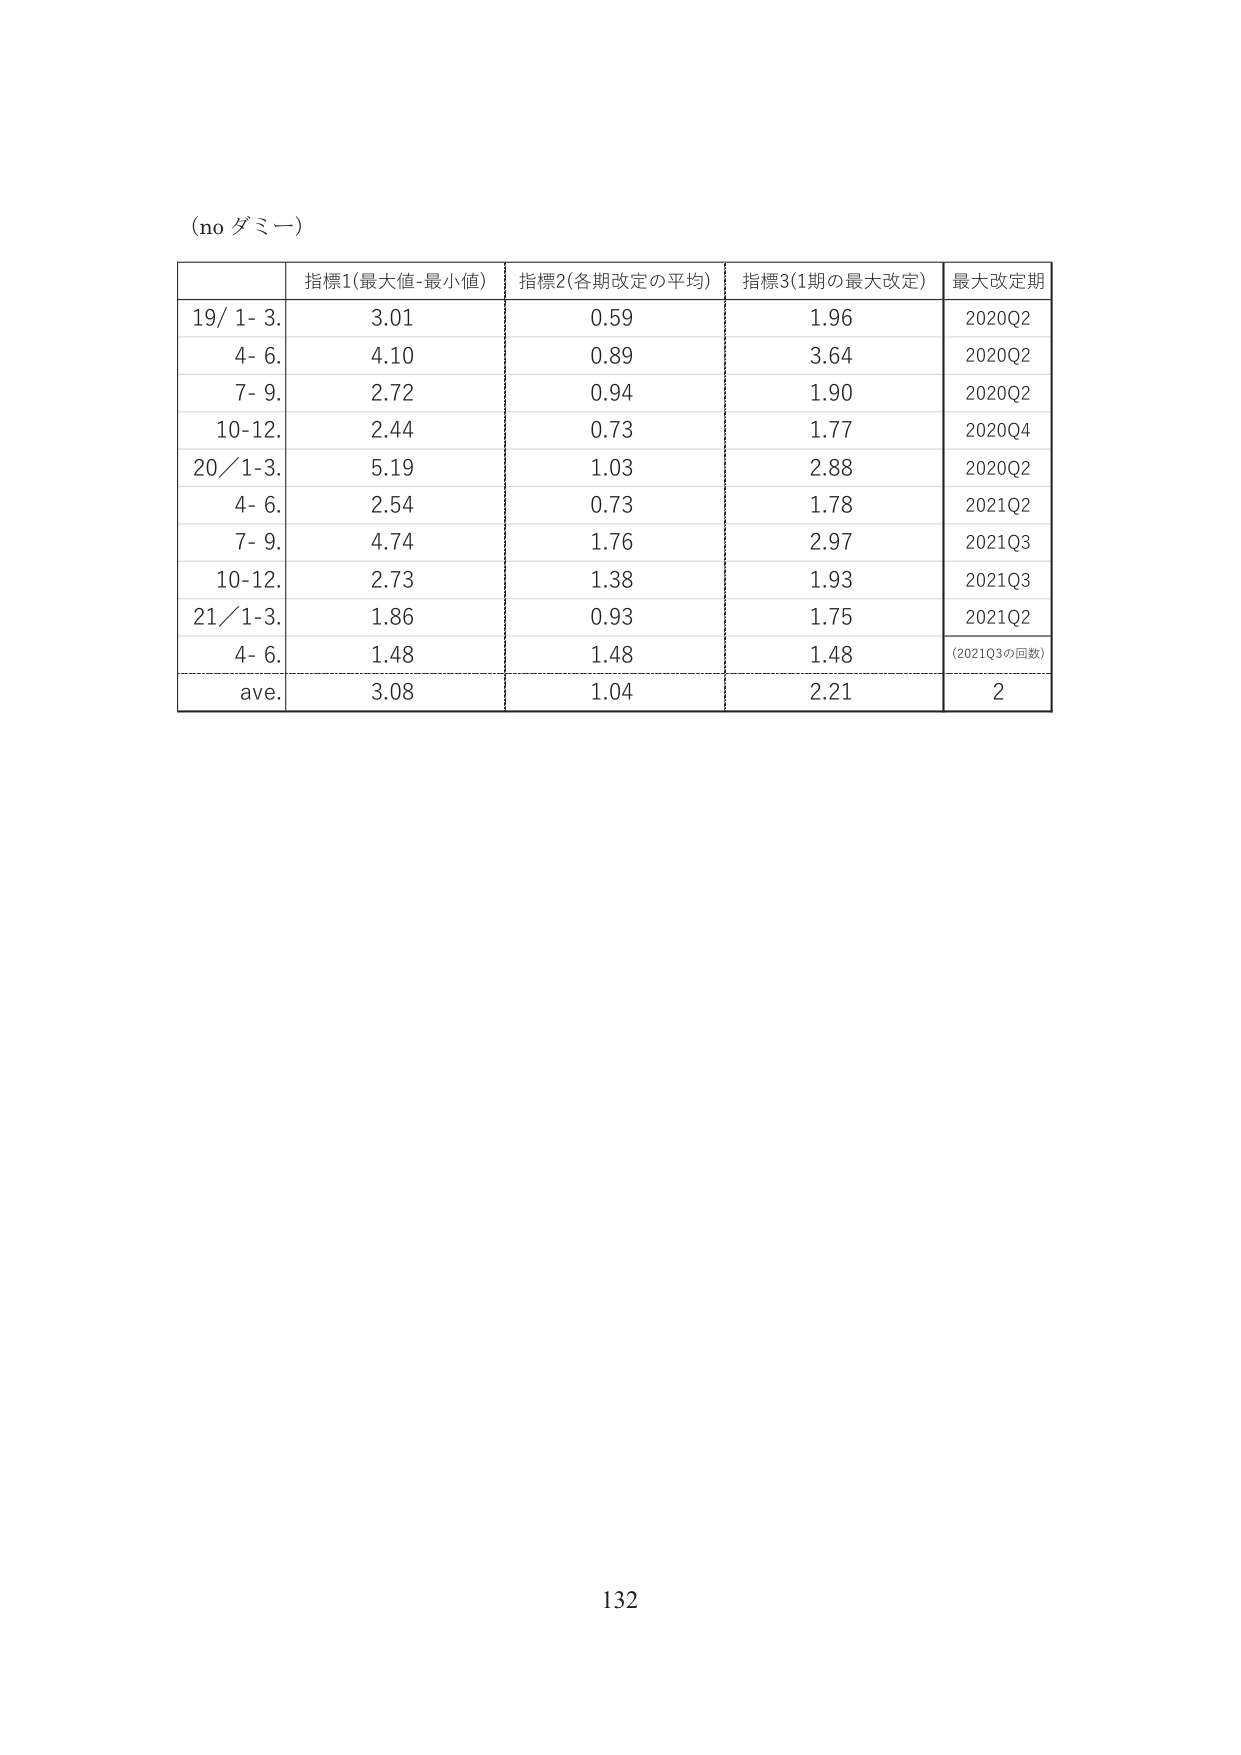
(no ダミー)

指標1(最大値-最小値) 指標2(各期改定の平均) 指標3(1期の最大改定) 最大改定期
19/ 1- 3. 3.01 0.59 1.96 2020Q2
4- 6. 4.10 0.89 3.64 2020Q2
7- 9. 2.72 0.94 1.90 2020Q2
10-12. 2.44 0.73 1.77 2020Q4
20/1-3. 5.19 1.03 2.88 2020Q2
4- 6. 2.54 0.73 1.78 2021Q2
7- 9. 4.74 1.76 2.97 2021Q3
10-12. 2.73 1.38 1.93 2021Q3
21/1-3. 1.86 0.93 1.75 2021Q2
4- 6. 1.48 1.48 1.48 (2021Q3の回数)
ave. 3.08 1.04 2.21 2

132